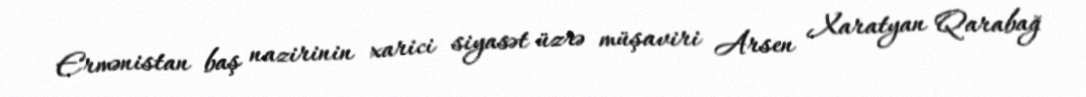
Ermənistan baş nazirinin xarici siyasət üzrə müşaviri Arsen Xaratyan Qarabağ